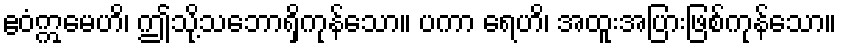
ဧဝံဣမေဟိ၊ ဤသို့သဘောရှိကုန်သော။ ပကာ ရေဟိ၊ အထူးအပြားဖြစ်ကုန်သော။